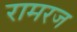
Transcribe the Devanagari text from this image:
रामरज